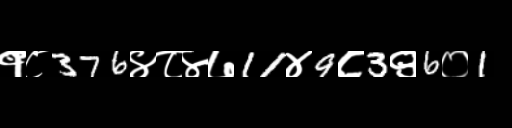
Text: १८376४८४७11४9८3९6०1